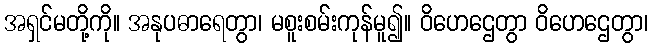
အရှင်မတို့ကို။ အနုပဓာရေတွာ၊ မစူးစမ်းကုန်မူ၍။ ဝိဟေဌေတွာ ဝိဟေဌေတွာ၊